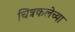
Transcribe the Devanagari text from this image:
चित्रकलेच्‍या